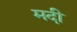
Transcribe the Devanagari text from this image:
मदी